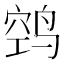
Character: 𱊊